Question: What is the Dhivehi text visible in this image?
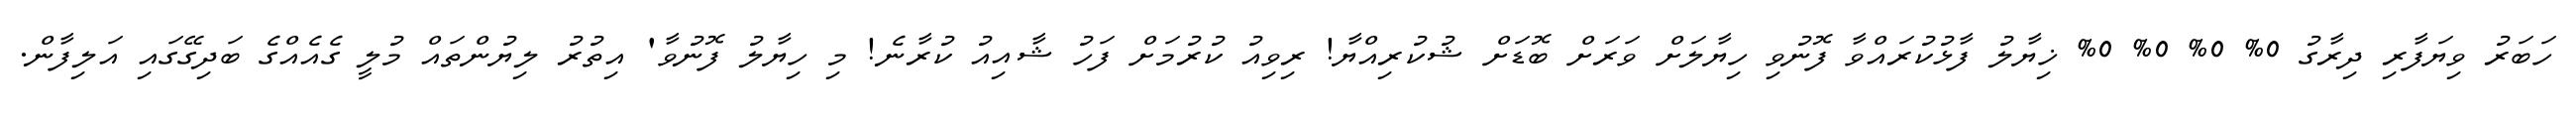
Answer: ހަބަރު ވިޔަފާރި ދިރާގު 0% 0% 0% 0% ޚިޔާލު ފާޅުކުރައްވާ ފޮނުވި ހިޔާލަށް ވަރަށް ބޮޑަށް ޝުކުރިއްޔާ! ރިވިއު ކުރުމަށް ފަހު ޝާއިއު ކުރާނެ! މި ހިޔާލު ފޮނުވާ' އިތުރު ލިޔުންތައް މުލީ ގެއެއްގެ ބަދިގޭގައި އަލިފާން.